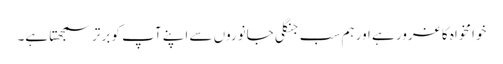
خوامخواہ کا غرور ہے اور ہم سب جنگلی جانوروں سے اپنے آپ کو برتر سمجھتا ہے۔